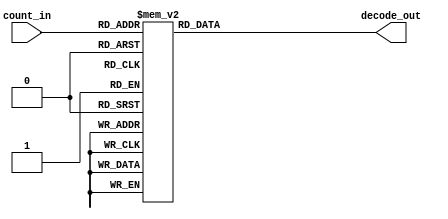
`timescale 1ns / 1ps

// For 7-segment display clock
// Authored by David J Marion

module seg_decoder(
    input [3:0] count_in,
    output [6:0] decode_out
    );
    
    reg [6:0] decoder = 7'b000_0000;
    
    always @(*) begin
        case(count_in)
            4'b0000 : decoder = 7'b111_1110;    // 0
            4'b0001 : decoder = 7'b001_1000;    // 1
            4'b0010 : decoder = 7'b110_1101;    // 2
            4'b0011 : decoder = 7'b011_1101;    // 3
            4'b0100 : decoder = 7'b001_1011;    // 4
            4'b0101 : decoder = 7'b011_0111;    // 5
            4'b0110 : decoder = 7'b111_0111;    // 6
            4'b0111 : decoder = 7'b001_1100;    // 7
            4'b1000 : decoder = 7'b111_1111;    // 8
            4'b1001 : decoder = 7'b001_1111;    // 9
            default : decoder = 7'b111_1001;    // d
        endcase
    end
    
    assign decode_out = decoder;
    
endmodule